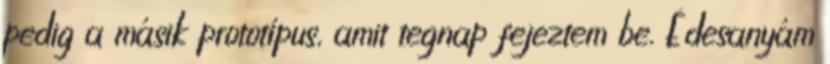
pedig a másik prototípus, amit tegnap fejeztem be. Édesanyám